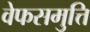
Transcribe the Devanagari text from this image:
वेफसमुत्ति